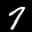
Digit: 7